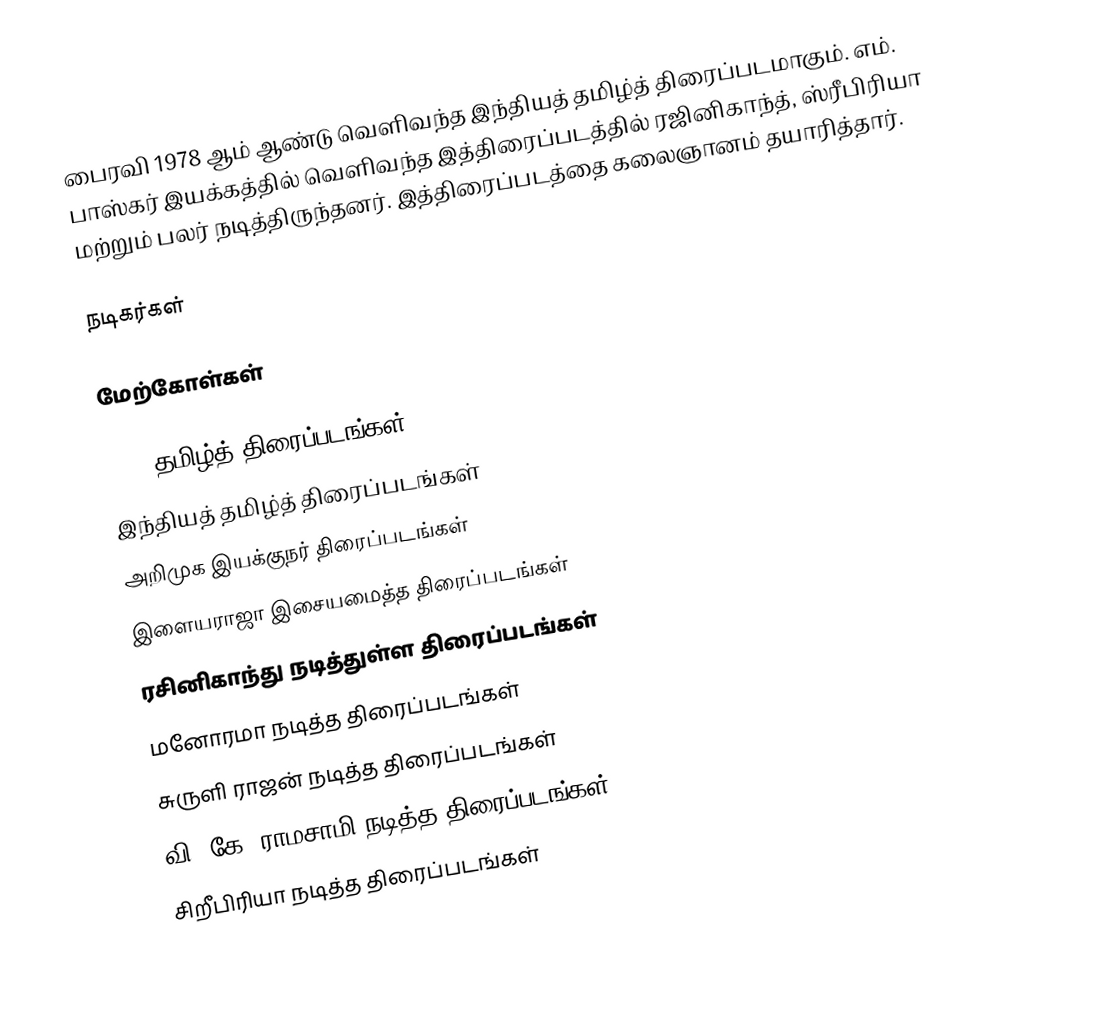
பைரவி 1978 ஆம் ஆண்டு வெளிவந்த இந்தியத் தமிழ்த் திரைப்படமாகும். எம். பாஸ்கர் இயக்கத்தில் வெளிவந்த இத்திரைப்படத்தில் ரஜினிகாந்த், ஸ்ரீபிரியா மற்றும் பலர் நடித்திருந்தனர். இத்திரைப்படத்தை கலைஞானம் தயாரித்தார்.

நடிகர்கள்

மேற்கோள்கள்

1978 தமிழ்த் திரைப்படங்கள்
இந்தியத் தமிழ்த் திரைப்படங்கள்
அறிமுக இயக்குநர் திரைப்படங்கள்
இளையராஜா இசையமைத்த திரைப்படங்கள்
ரசினிகாந்து நடித்துள்ள திரைப்படங்கள்
மனோரமா நடித்த திரைப்படங்கள்
சுருளி ராஜன் நடித்த திரைப்படங்கள்
வி. கே. ராமசாமி நடித்த திரைப்படங்கள்
சிறீபிரியா நடித்த திரைப்படங்கள்